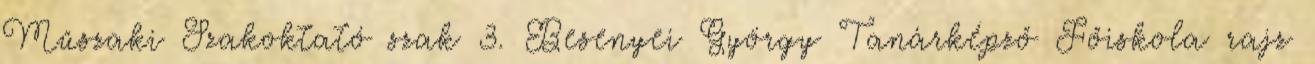
Műszaki Szakoktató szak 3. Besenyei György Tanárképző Főiskola rajz